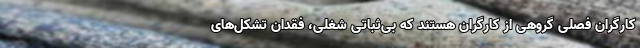
کارگران فصلی گروهی از کارگران هستند که بی‌ثباتی شغلی، فقدان تشکل‌های